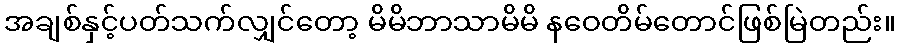
အချစ်နှင့်ပတ်သက်လျှင်တော့ မိမိဘာသာမိမိ နဝေတိမ်တောင်ဖြစ်မြဲတည်း။